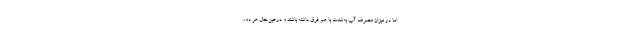
اما در میزان مصرف آب به‌شدت با هم فرق داشته باشند و درعین‌حال هر دو،